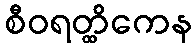
စီဝရတ္ထိကေန